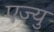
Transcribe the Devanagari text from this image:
एज्यु